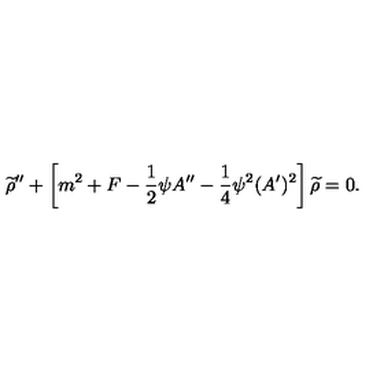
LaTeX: { \widetilde \rho } ^ { \prime \prime } + \left[ m ^ { 2 } + F - { \frac { 1 } { 2 } } \psi A ^ { \prime \prime } - { \frac { 1 } { 4 } } \psi ^ { 2 } ( A ^ { \prime } ) ^ { 2 } \right] { \widetilde \rho } = 0 .